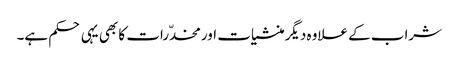
شراب کے علاوہ دیگرمنشیات اورمخدّرات کا بھی یہی حکم ہے۔